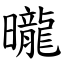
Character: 曨